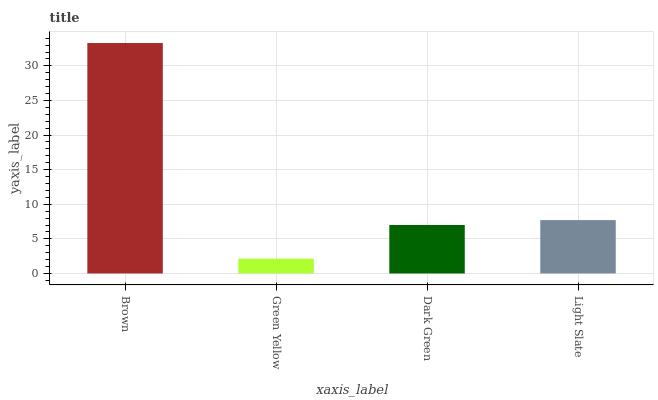
| xaxis_label | bars |
 | --- | --- |
 | Brown | 33.3 |
 | Green Yellow | 2.13 |
 | Dark Green | 7 |
 | Light Slate | 7.71 |